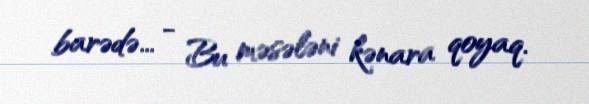
barədə... - Bu məsələni kənara qoyaq.